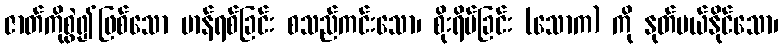
ဇာတ်ကိုစွဲ၍ဖြစ်သော မာန်ရစ်ခြင်း စသည်ကင်းသော၊ စိုးရိမ်ခြင်း (သောက) ကို နုတ်ပယ်နိုင်သော၊